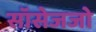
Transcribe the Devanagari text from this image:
सॉसेजजो